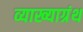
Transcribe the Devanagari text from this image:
व्याख्याग्रंथ